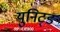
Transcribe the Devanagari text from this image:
युनिट्ड